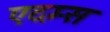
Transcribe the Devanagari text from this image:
एदम्स